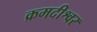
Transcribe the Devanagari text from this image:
क्रमदीश्वर